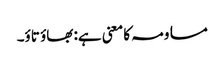
مساومہ کا معنی ہے: بھاؤ تاؤ۔